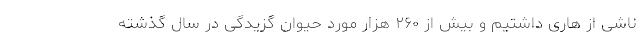
ناشی از هاری داشتیم و بیش از ۲۶٠ هزار مورد حیوان گزیدگی در سال گذشته